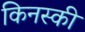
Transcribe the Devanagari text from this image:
किनस्की